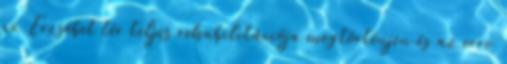
az Erzsébet tér teljes rehabilitációja megtörténjen és az erre